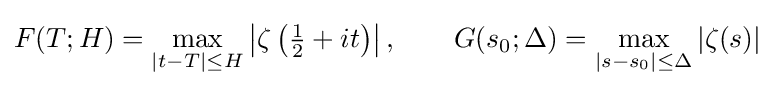
F(T;H)=\max _{|t-T|\leq H}\left|\zeta \left({\tfrac {1}{2}}+it\right)\right|,\qquad G(s_{0};\Delta )=\max _{|s-s_{0}|\leq \Delta }|\zeta (s)|